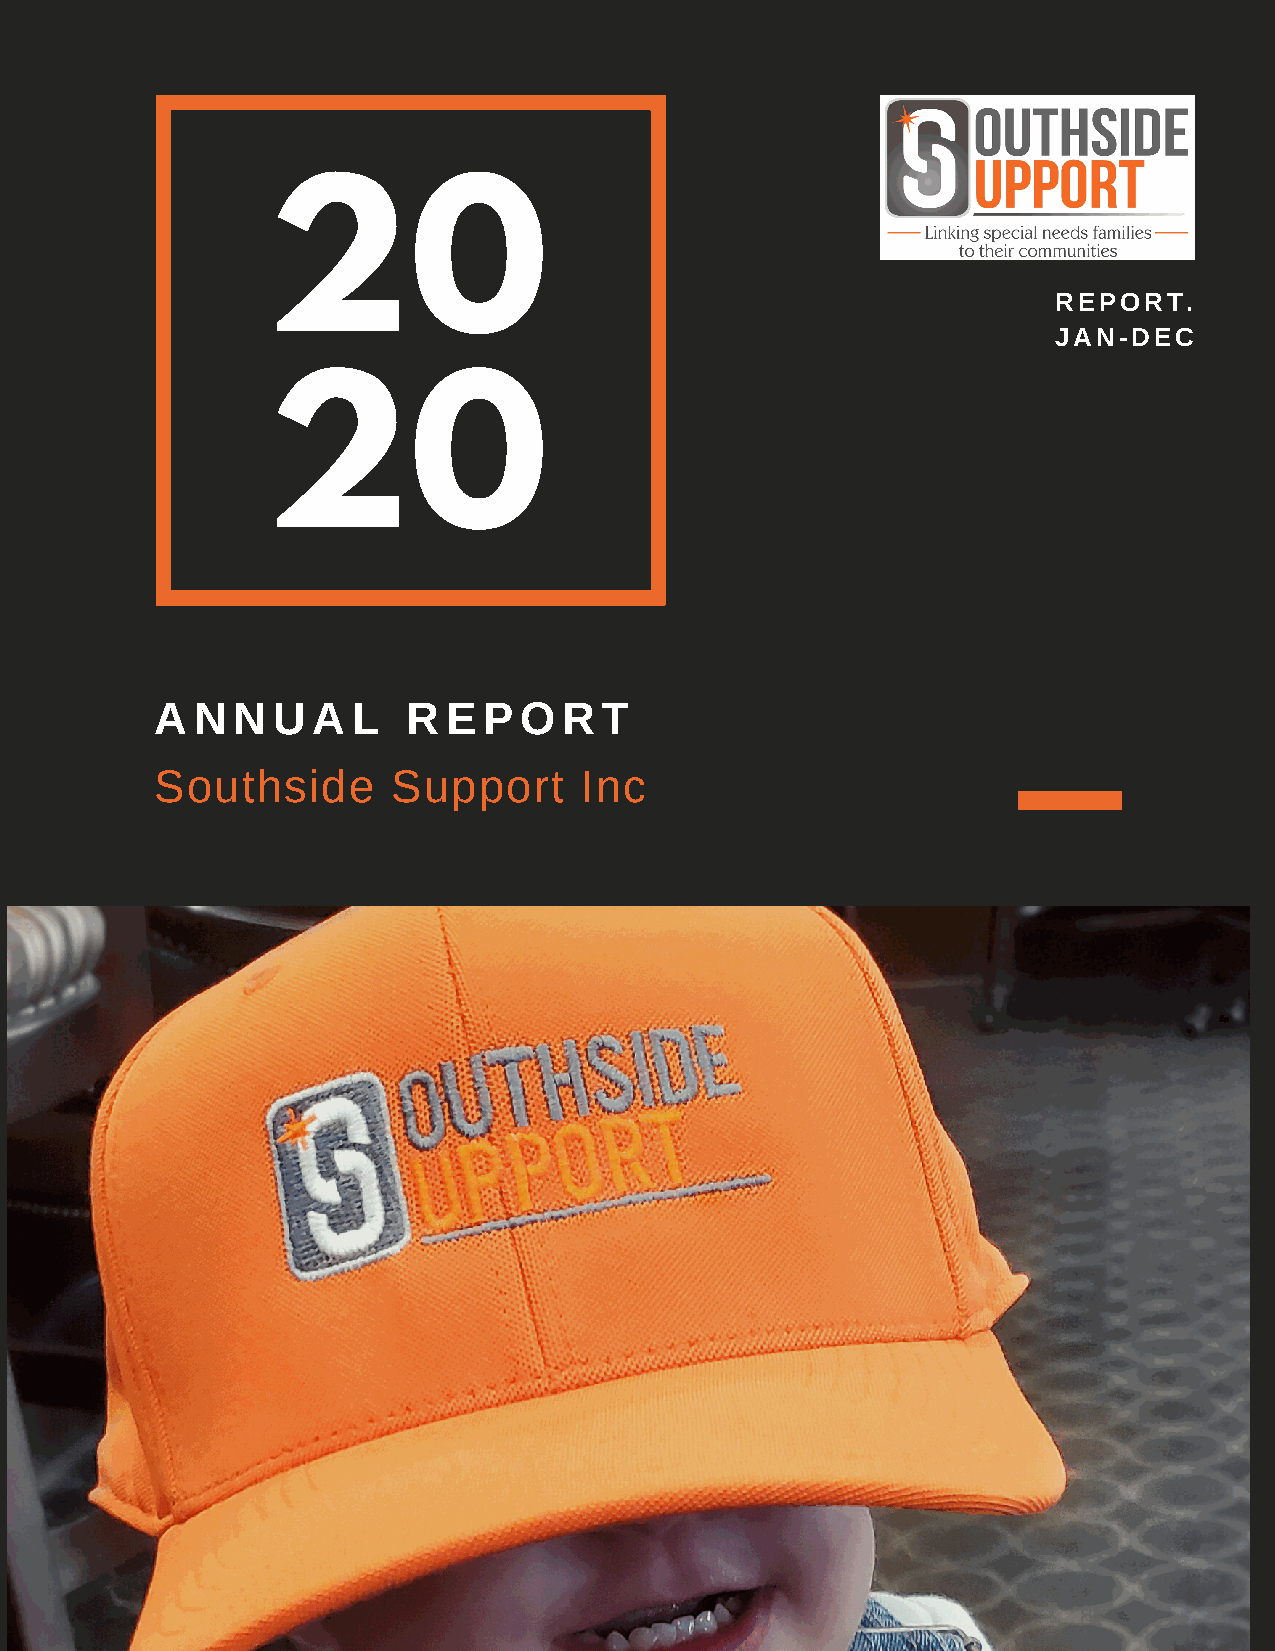
20
 REPORT.
 JAN-DEC
 20
 A  N N  U  A L   R  E P O  R  T
 Southside       Support     Inc